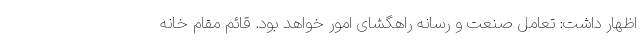
اظهار داشت: تعامل صنعت و رسانه راهگشای امور خواهد بود. قائم مقام خانه